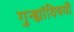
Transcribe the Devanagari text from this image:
गुन्ह्यांविषयी